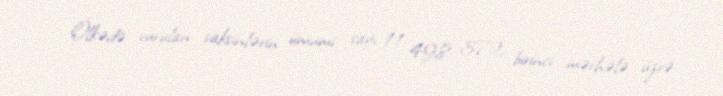
Ölkədə vurulan vaksinlərin ümumi sayı 11 498 372, birinci mərhələ üzrə